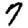
Digit: 7